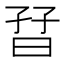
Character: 𡥨